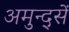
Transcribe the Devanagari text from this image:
अमुन्द्सें